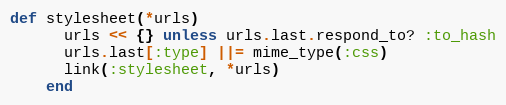
Language: Ruby
def stylesheet(*urls)
      urls << {} unless urls.last.respond_to? :to_hash
      urls.last[:type] ||= mime_type(:css)
      link(:stylesheet, *urls)
    end